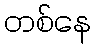
တစ်နေ